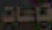
قاعات